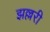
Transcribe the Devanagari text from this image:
झल्लरी